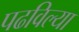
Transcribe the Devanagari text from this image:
पढविल्या